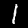
Label: 1